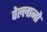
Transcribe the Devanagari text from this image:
वेल्लानो